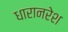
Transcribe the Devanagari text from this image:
धारानरेश